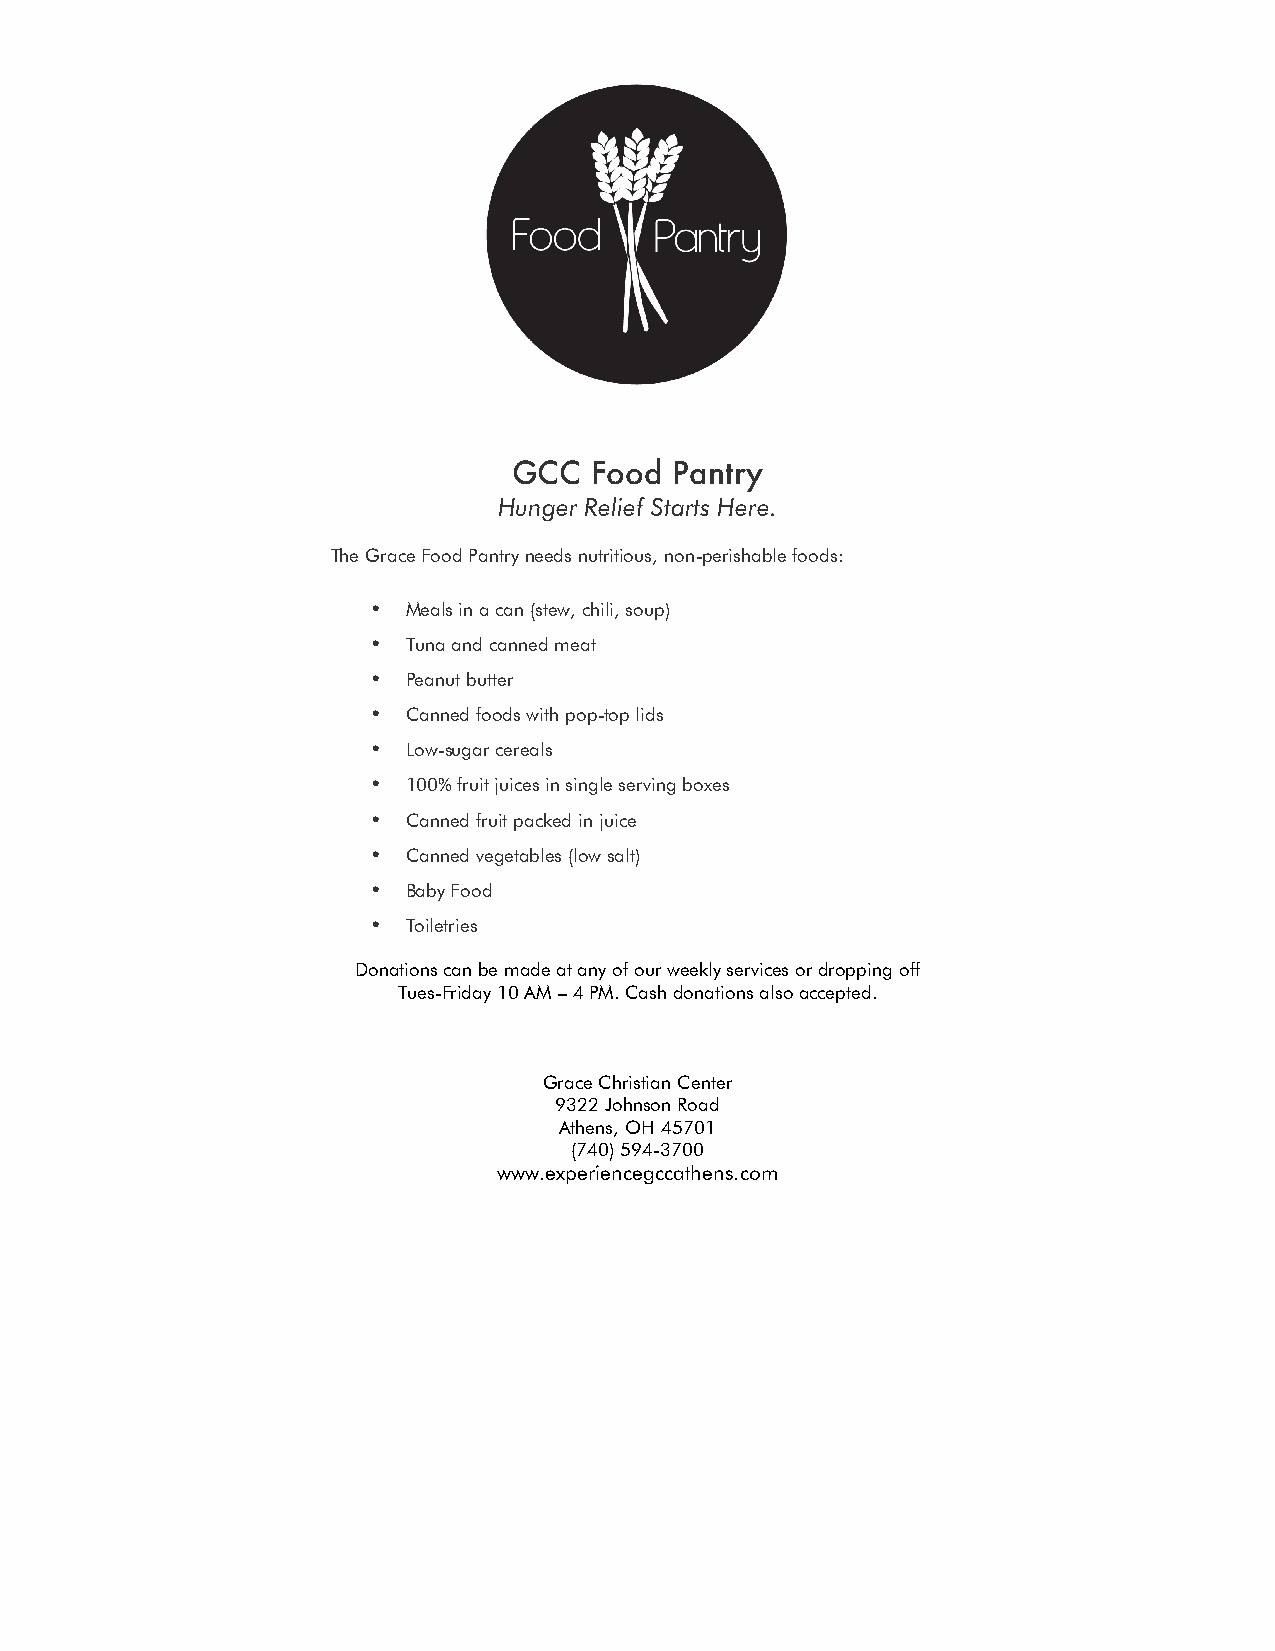
GCC  Food  Pantry
 Hunger Relief Starts Here.
 The Grace Food Pantry needs nutritious, non-perishable foods:
 • Meals in a can (stew, chili, soup)
 • Tuna and canned meat
 • Peanut butter
 • Canned foods with pop-top lids
 • Low-sugar cereals
 • 100% fruit juices in single serving boxes
 • Canned fruit packed in juice
 • Canned vegetables (low salt)
 • Baby Food
 • Toiletries
 Donations can be made at any of our weekly services or dropping off
 Tues-Friday 10 AM – 4 PM. Cash donations also accepted.
 Grace Christian Center
 9322 Johnson Road
 Athens, OH 45701
 (740) 594-3700
 www.experiencegccathens.com